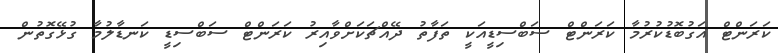
ކަރަންޓް އަގުބޮޑުކުރުމާ ކަރަންޓް ސަބްސިޑީއަކީ ތަފާތު ދޭއްޗަކަށްވާއިރު ކަރަންޓް ސަބްސިޑީ ކަނޑާލުމާ ގުޅޭގޮތުން